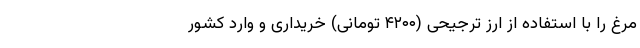
مرغ را با استفاده از ارز ترجیحی (۴۲۰۰ تومانی) خریداری و وارد کشور